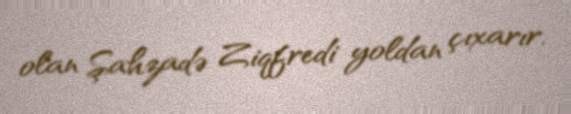
olan Şahzadə Ziqfredi yoldan çıxarır.